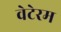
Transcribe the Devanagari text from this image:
वेटेरम